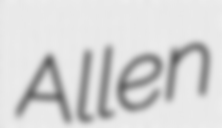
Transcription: Allen